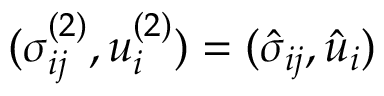
( \sigma _ { i j } ^ { ( 2 ) } , u _ { i } ^ { ( 2 ) } ) = ( \hat { \sigma } _ { i j } , \hat { u } _ { i } )